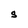
Character: S